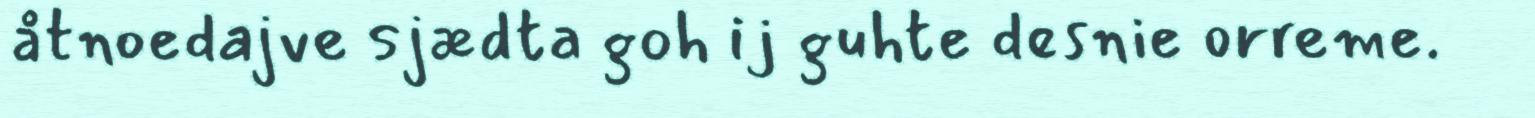
åtnoedajve sjædta goh ij guhte desnie orreme.